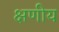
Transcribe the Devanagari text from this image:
क्षणीय